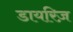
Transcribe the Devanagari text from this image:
डायरिज़